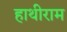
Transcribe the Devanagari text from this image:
हाथीराम